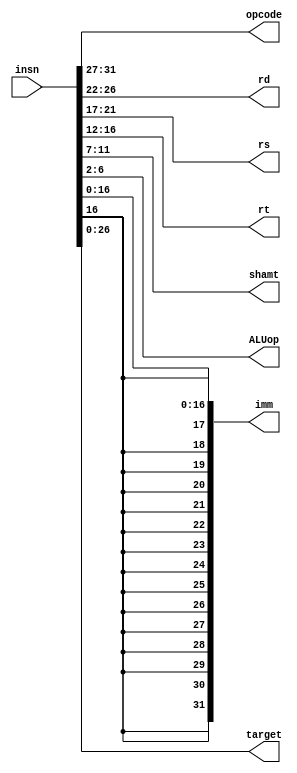
module control(insn, opcode, rd, rs, rt, shamt, ALUop, imm, target);
// input: instruction
// outputs: a lot
    input [31:0] insn;

    output [4:0] opcode, rd, rs, rt, shamt, ALUop;
    output [31:0] imm;
    output [26:0] target;

    wire [16:0] imm_unextended;
    
    assign opcode = insn[31:27];
    assign rd = insn[26:22];
    assign rs = insn[21:17];
    assign rt = insn[16:12];
    assign shamt = insn[11:7];
    assign ALUop = insn[6:2];

    assign imm_unextended = insn[16:0];

    assign target = insn[26:0];

    assign imm = {{15{imm_unextended[16]}}, {imm_unextended}};


endmodule